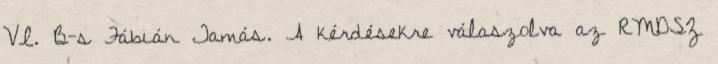
VI. B-s Fábián Tamás. A kérdésekre válaszolva az RMDSZ